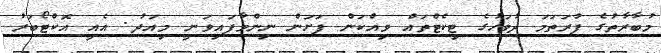
މުބާރާތުގެ ފުރަތަމަ ދުވަހުގެ ޓިކެޓްތައް ވިއްކަން ފަށަން ނިންމާފައިވަނީ މިއަދު. އެއީ އޮކްޓޯބަރު